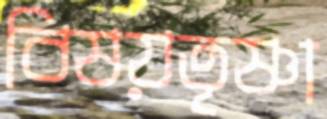
বিষয়তৃষ্ণা